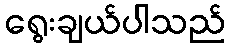
ရွေးချယ်ပါသည်